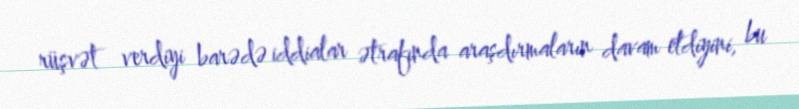
rüşvət verdiyi barədə iddialar ətrafında araşdırmaların davam etdiyini, bu